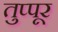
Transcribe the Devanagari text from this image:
तुप्पूर